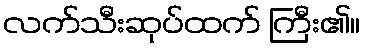
လက်သီးဆုပ်ထက် ကြီး၏။